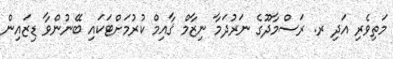
މަތިވެރި އަދި ރ. ރަސްމާދޫގެ ނަރުދަމާ ނިޒާމް ޤާއިމް ކުރުމަށްޓަކައި ބޭނުންވާ ޑިޒައިން